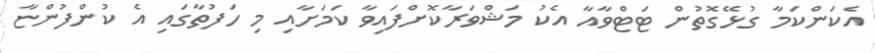
އެކަންކަމާ ގުޅޭގޮތުން ޓަޓްވާއާ އެކު މަޝްވަރާކޮށްފައިވާ ކަމަށާއި މި ހަފުތާގައި އެ ކުންފުންޏާ